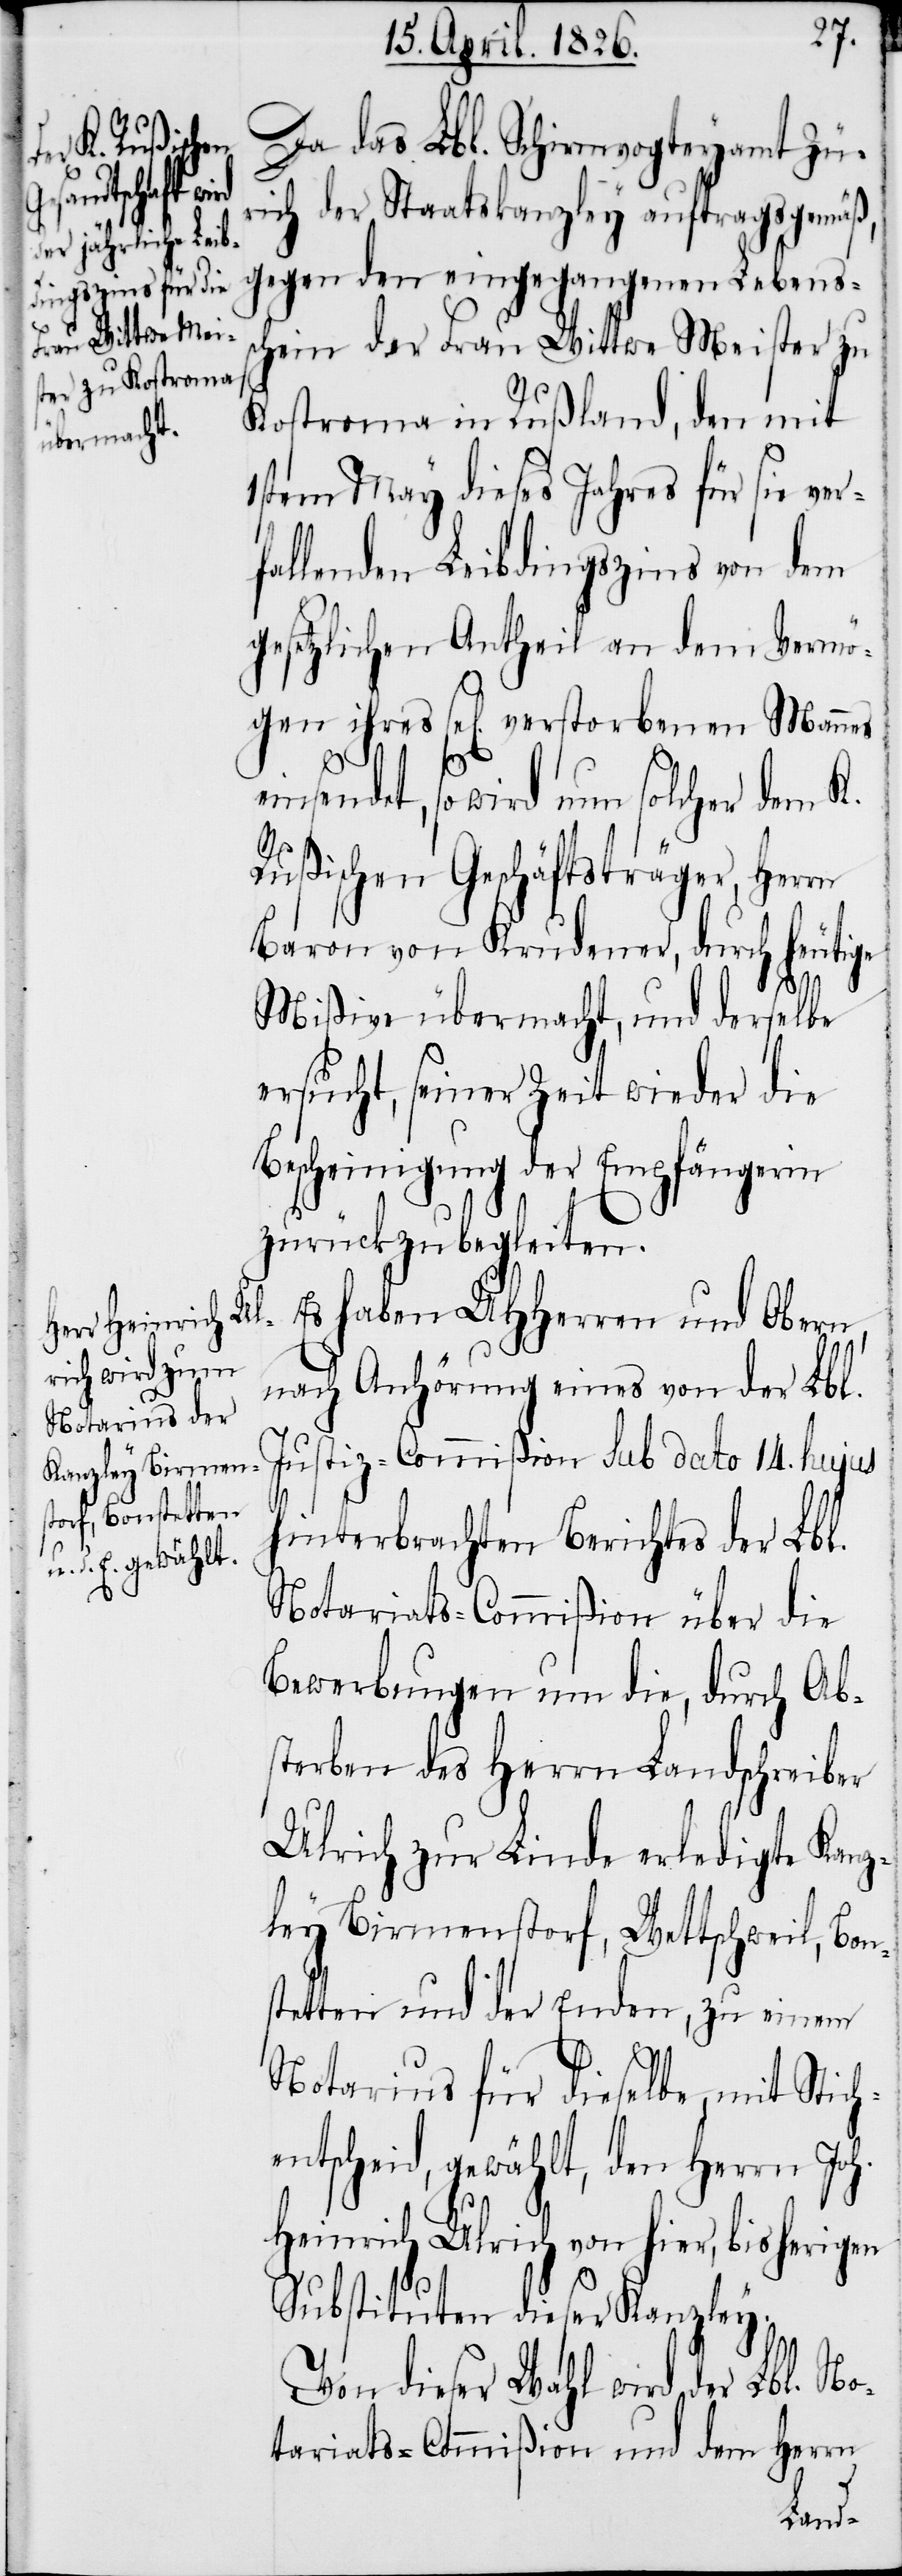
Da das Lbl. Schirmvogteyamt Zü¬
rich der Staatskanzley auftragsgemäß,
gegen den eingegangenen Lebens¬
schein der Frau Wittwe Meister zu
Kostroma in Rußland, den mit
1stem May dieses Jahres für sie ver¬
fallenden Leibdingszins von dem
gesetzlichen Antheil an dem Vermö¬
gen ihres sel[ig] verstorbenen Mannes
einsendet, so wird nun solcher dem K.
Rußischen Geschäftsträger, Herrn
Baron von Krudener, durch heutige
Mißive übermacht, und derselbe
ersucht, seiner Zeit wieder die
Bescheinigung der Empfängerin
zurückzubegleiten.
Es haben UHHerren und Obern,
nach Anhörung eins von der Lbl.
Justiz-Commißion sub dato 14. hujus
hinterbrachten Berichtes der Lbl.
Notariats-Commißion über die
Bewerbungen um die, durch Ab¬
sterben des Herrn Landschreiber
Ulrich zur Linde erledigte Kanz¬
ley Birmenstorf, Wettschweil,
stetten und der Enden, zu einem
Notarius für dieselbe, mit Stich¬
entscheid, gewählt, den Herrn Joh.
Heinrich Ulrich von hier, bisherigen
Substituten dieser Kanzley.
Von dieser Wahl wird der Lbl. No¬
tariats-Commißion und dem Herrn
Bon¬